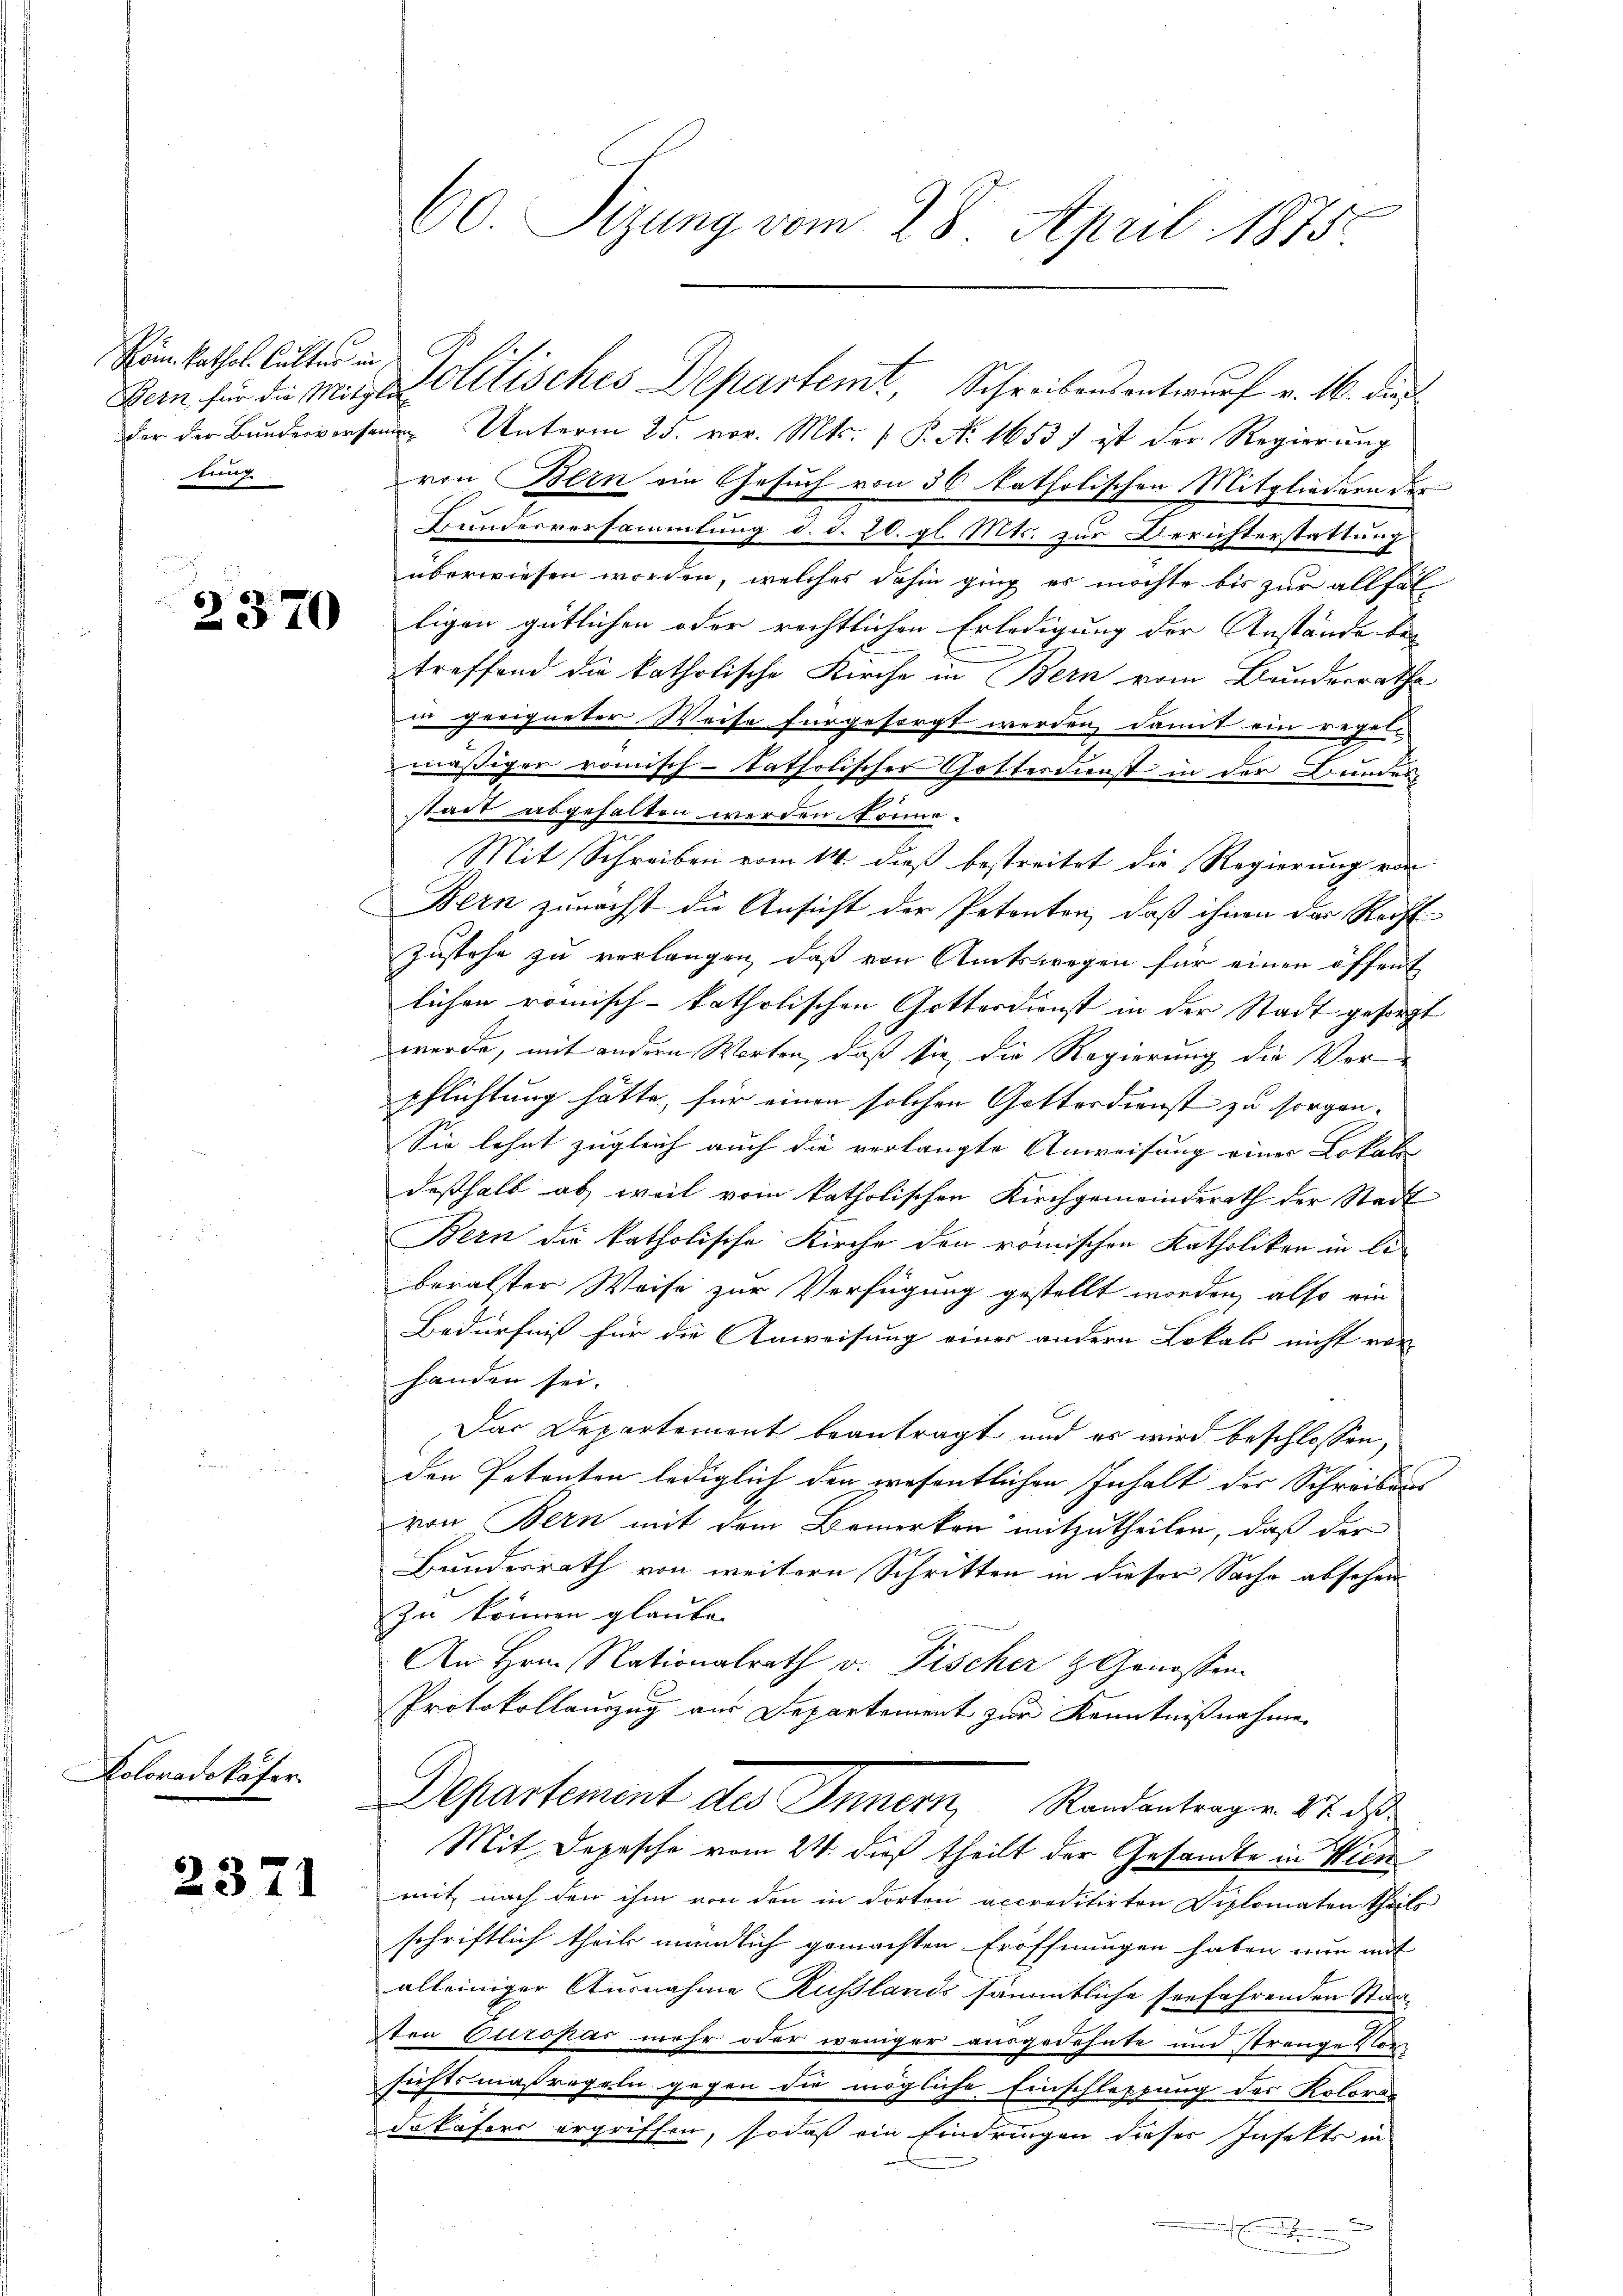
Söm. kathol. Kalter in
tung

Koloradokäfer.

2370

2371

der der Bundesversammen Unterm 25. vor. Mts. 1. P. Nr. 1653 ) ist der Regierung
von Bern ein Gesuch von 36 katholischen Mitgliedern der
Bundesversammlung d. d. 20. gl. Mts. zur Berichterstattung
überwiesen worden, welches dahin ging es möchte bis zur allfäl
ligen gütlichen oder rechtlichen Erledigung der Anstände bei
treffend die katholische Kirche in Bern vom Bunderrathe
in geeigneter Weise für gesorgt werden, damit ein regen
mäßiger römisch-katholischer Gottesdienst in der Bundesstadt abgehalten werden. Nonne¬
Mit Schreiben vom 14. dieß bestreitet die Regierung von
Bern zunächst die Ansicht der Petenten, daß ihnen der Recht
Zustehe zu verlangen, daß von Amtswegen für einen öffent
lichen römisch-katholischen Gotterdienst in der Stadt gesorgt
werde, mit andern Worten, daß sie, die Regierung die Verpflichtung hätte, für einen solchen Gotterdienst zu sorgen.
Sie lehnt zugleich auch die verlangte Anweisung einer Lokale
deßhalb ab, weil vom katholischen Kirchgemeinderath der Stadt
Bern die katholische Kirche den römischen Katholiken in li-
beralster Weise zur Verfügung gestellt worden, also ein
Bedürfniß für die Anweisung einer andern Lokals nicht vor
handen sei.
Das Departement beantragt und es wird beschlossen,
den Petenten lediglich den wesentlichen Inhalt der Schreibens |
von Bern mit dem Bemerken mitzutheilen, daß der
Bundesrath von weitern Schritten in dieser Sache absehen
zu können glaube.
An Hrn. Nationalrath v. Fischer & Genossen
Protokollauszug aus Departement zur Kenntnißnahmen
Departement des Innern, Randantragen 17. ds
Mit Depesche vom 24. dieß theilt der Gesandte in Wien
mit nach den ihm von den in dorten accreditirten Diplomaten theils
schriftlich theil mündlich gemachten Eröffnungen haben nun mit
alleiniger Ausnahme Russlands sämmtliche serfahrenden Staaten Europas mehr oder weniger ausgedehnte und strange Vorsichtsmaßregeln gegen die mögliche Einschleppung des Kolorie
dakäfers ergriffen, sodaß ein Eindringen dieser Insekts in

60. Sizung vom 28. April 1875.

Bern für die Mit Politisches Departemt, Schreibensentwurf v. 16. die